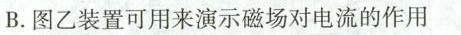
B.图乙装置可用来演示磁场对电流的作用